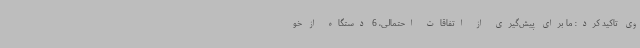
وی تاکید کرد: ما برای پیش‌گیری از اتفاقات احتمالی، 6 دستگاه از خو